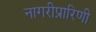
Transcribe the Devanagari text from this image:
नागरीप्रारिणी